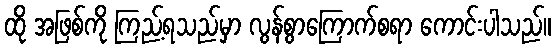
ထို အဖြစ်ကို ကြည့်ရသည်မှာ လွန်စွာကြောက်စရာ ကောင်းပါသည်။